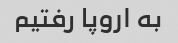
به اروپا رفتیم